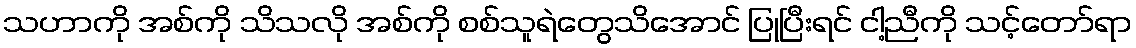
သဟာကို အစ်ကို သိသလို အစ်ကို စစ်သူရဲတွေသိအောင် ပြုပြီးရင် ငါ့ညီကို သင့်တော်ရာ